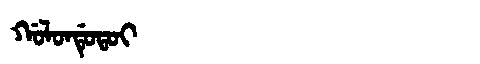
Manchu: ᡤᠣᠯᠣᠨᡩᡠᡨᠣᡳ
Romanization: GOLONDUTOI